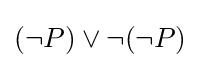
(\neg P)\lor \neg (\neg P)